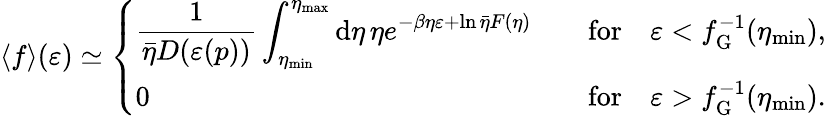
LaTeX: \langle f\rangle(\varepsilon)\simeq\left\{ \begin{array}{ll}{\displaystyle\frac{1}{\bar{\eta}D(\varepsilon(p))}\int_{\eta_{\mathrm{min}}}^{\eta_{\mathrm{max}}}\mathrm{d}\eta\, \eta e^{-\beta\eta\varepsilon+\ln\bar{\eta}F(\eta)}\quad}&{\mathrm{for}\quad\varepsilon<f_{\mathrm{G}}^{-1}(\eta_{\mathrm{min}}),}\\ {0\quad}&{\mathrm{for}\quad\varepsilon>f_{\mathrm{G}}^{-1}(\eta_{\mathrm{min}}).}\end{array}\right.